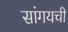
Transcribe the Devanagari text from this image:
सांगयची